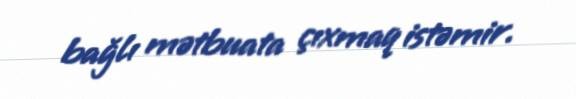
bağlı mətbuata çıxmaq istəmir.